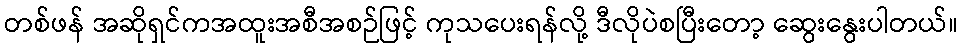
တစ်ဖန် အဆိုရှင်ကအထူးအစီအစဉ်ဖြင့် ကုသပေးရန်လို့ ဒီလိုပဲစပြီးတော့ ဆွေးနွေးပါတယ်။